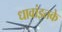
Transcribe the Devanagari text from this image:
धावांइतके